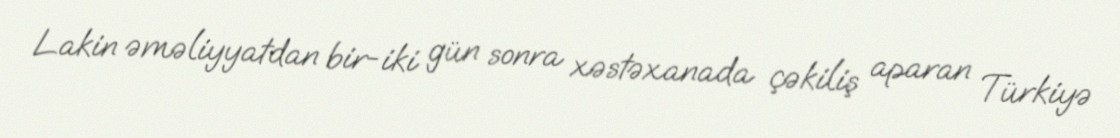
Lakin əməliyyatdan bir-iki gün sonra xəstəxanada çəkiliş aparan Türkiyə